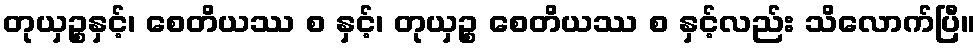
တုယှဉ္စနှင့်၊ စေတိယဿ စ နှင့်၊ တုယှဉ္စ စေတိယဿ စ နှင့်လည်း သိလောက်ပြီ။